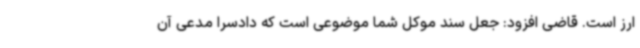
ارز است. قاضی افزود: جعل سند موکل شما موضوعی است که دادسرا مدعی آن